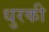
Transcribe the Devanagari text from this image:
धुरकी